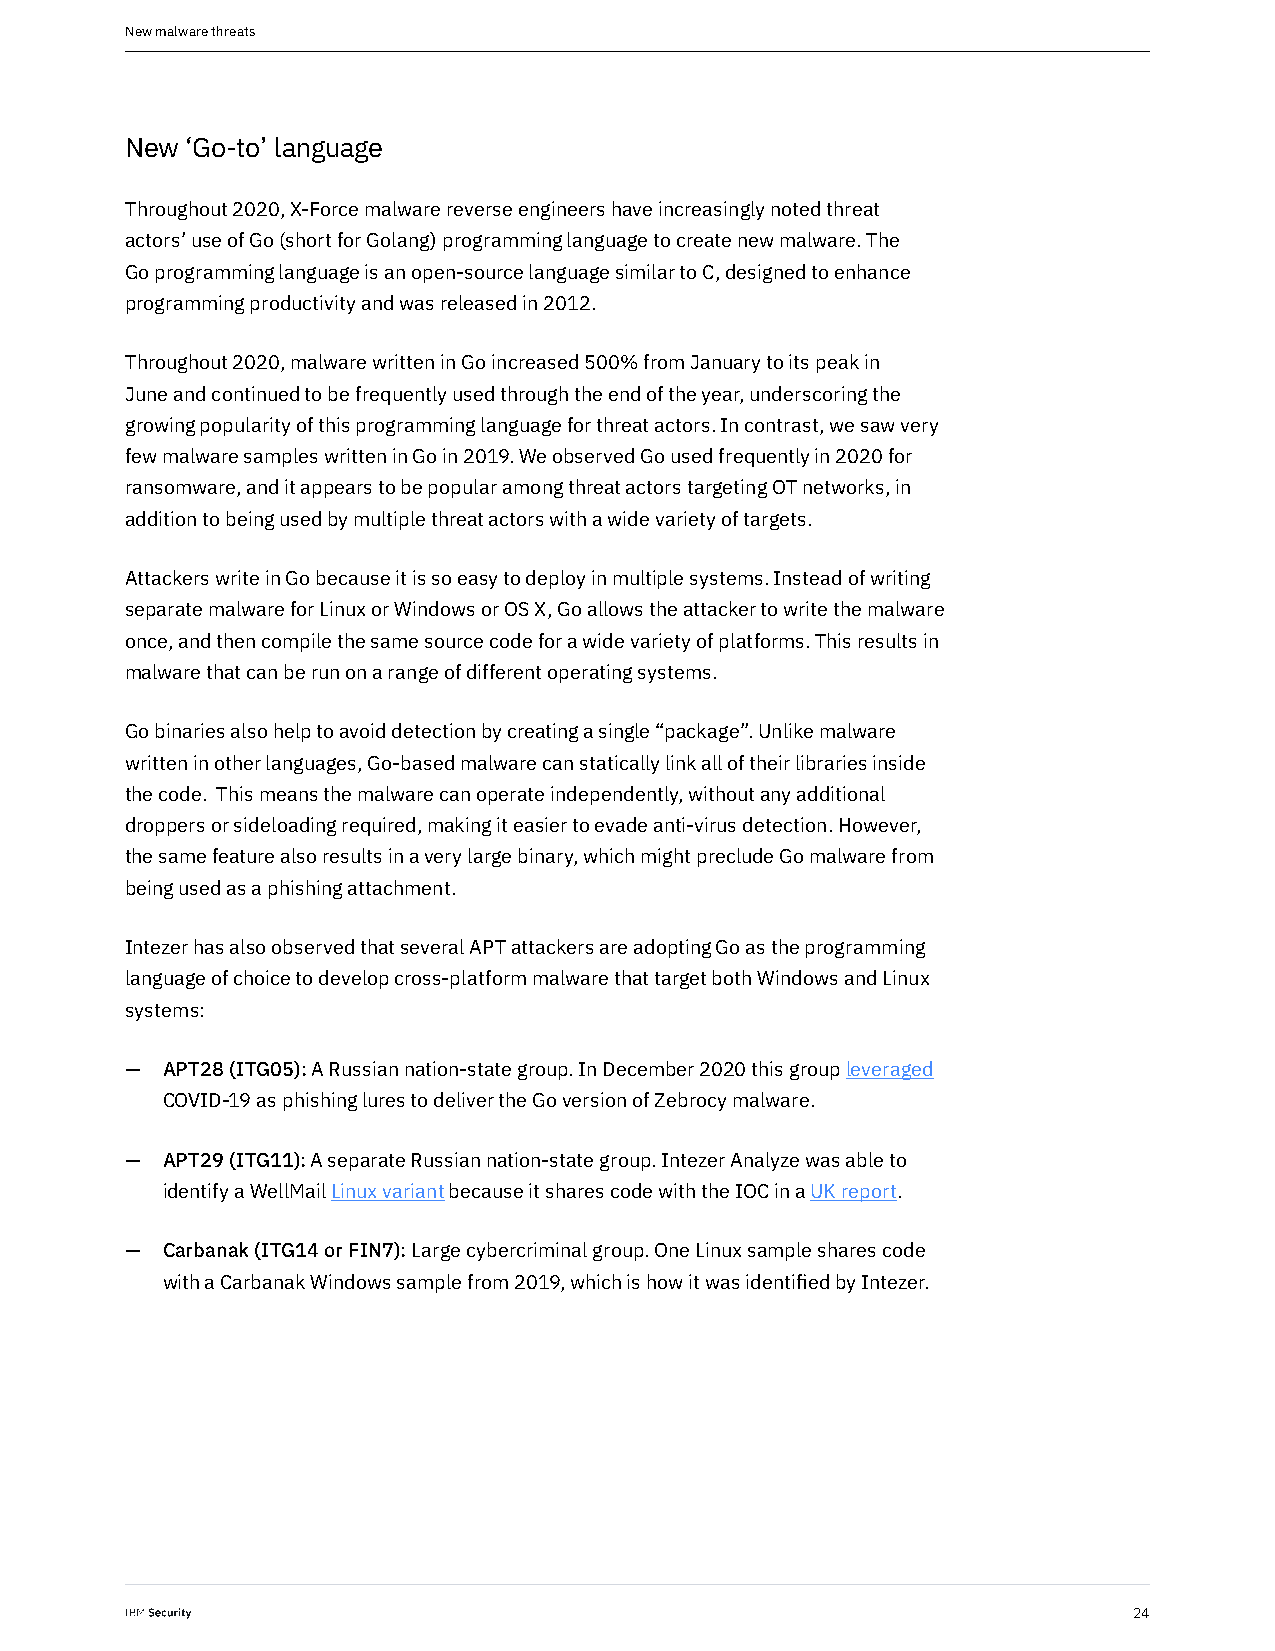
New malware threats
 New ‘Go-to’ language
 Throughout 2020, X-Force malware reverse engineers have increasingly noted threat
 actors’ use of Go (short for Golang) programming language to create new malware. The
 Go programming language is an open-source language similar to C, designed to enhance
 programming productivity and was released in 2012.
 Throughout 2020, malware written in Go increased 500% from January to its peak in
 June and continued to be frequently used through the end of the year, underscoring the
 growing popularity of this programming language for threat actors. In contrast, we saw very
 few malware samples written in Go in 2019. We observed Go used frequently in 2020 for
 ransomware, and it appears to be popular among threat actors targeting OT networks, in
 addition to being used by multiple threat actors with a wide variety of targets.
 Attackers write in Go because it is so easy to deploy in multiple systems. Instead of writing
 separate malware for Linux or Windows or OS X, Go allows the attacker to write the malware
 once, and then compile the same source code for a wide variety of platforms. This results in
 malware that can be run on a range of different operating systems.
 Go binaries also help to avoid detection by creating a single “package”. Unlike malware
 written in other languages, Go-based malware can statically link all of their libraries inside
 the code. This means the malware can operate independently, without any additional
 droppers or sideloading required, making it easier to evade anti-virus detection. However,
 the same feature also results in a very large binary, which might preclude Go malware from
 being used as a phishing attachment.
 Intezer has also observed that several APT attackers are adopting Go as the programming
 language of choice to develop cross-platform malware that target both Windows and Linux
 systems:
 —  APT28 (ITG05): A Russian nation-state group. In December 2020 this group leveraged
 COVID-19 as phishing lures to deliver the Go version of Zebrocy malware.
 —  APT29 (ITG11): A separate Russian nation-state group. Intezer Analyze was able to
 identify a WellMail Linux variant because it shares code with the IOC in a UK report.
 —  Carbanak (ITG14 or FIN7): Large cybercriminal group. One Linux sample shares code
 with a Carbanak Windows sample from 2019, which is how it was identified by Intezer.
 24